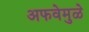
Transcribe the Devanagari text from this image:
अफवेमुळे